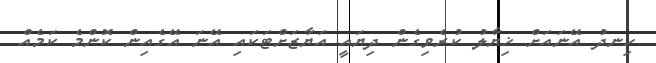
ހިނދު އޭނައަށް ޚިޔާލު ކުރެވިގެން ދިޔައީ އަޔާޒަށްޓަކައި އޭނަ އޭގެއިން ކޮންމެ ކަމެއް